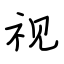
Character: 视